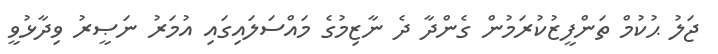
ޖަލު ޙުކުމް ތަންފީޒުކުރަމުން ގެންދާ ދެ ނާޒިމުގެ މައްސަލައިގައި އުމަރު ނަޞީރު ވިދާޅުވީ